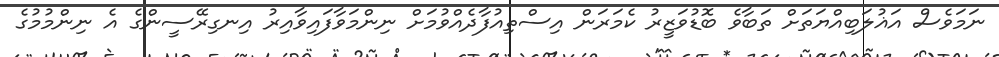
ނަމަވެސް އަޣުލަބިއްޔަތަށް ތަބާވެ ބޮޑުވަޒީރު ކެމަރަން އިސްތިއުފާދެއްވުމަށް ނިންމަވާފައިވާއިރު އިނގިރޭސީންގެ އެ ނިންމުމުގެ